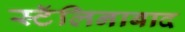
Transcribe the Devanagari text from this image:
स्टॅलिनाबाद